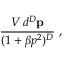
\frac { V \, d ^ { D } \mathbf { p } } { ( 1 + \beta p ^ { 2 } ) ^ { D } } \; ,